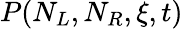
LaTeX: P(N_{L},N_{R},\xi,t)